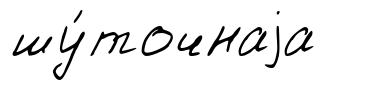
шу́точнаjа